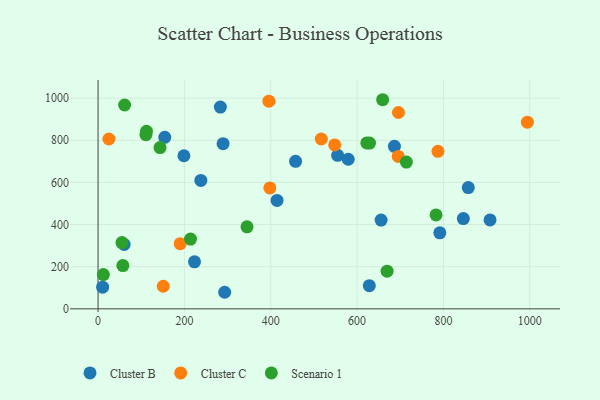
{"axis": {"x": "Price", "y": "Fuel Efficiency"}, "legend": ["Cluster B", "Cluster C", "Scenario 1"], "data": [{"x": "289.6", "y": 784.1, "type": "Cluster B"}, {"x": "414.6", "y": 514.5, "type": "Cluster B"}, {"x": "10.6", "y": 102.6, "type": "Cluster B"}, {"x": "579.5", "y": 710.0, "type": "Cluster B"}, {"x": "154.5", "y": 814.1, "type": "Cluster B"}, {"x": "293.3", "y": 78.6, "type": "Cluster B"}, {"x": "198.9", "y": 726.5, "type": "Cluster B"}, {"x": "283.3", "y": 957.5, "type": "Cluster B"}, {"x": "628.3", "y": 109.7, "type": "Cluster B"}, {"x": "857.5", "y": 575.4, "type": "Cluster B"}, {"x": "791.6", "y": 361.0, "type": "Cluster B"}, {"x": "846.1", "y": 428.5, "type": "Cluster B"}, {"x": "655.6", "y": 421.4, "type": "Cluster B"}, {"x": "554.9", "y": 728.4, "type": "Cluster B"}, {"x": "238.1", "y": 609.7, "type": "Cluster B"}, {"x": "457.5", "y": 699.9, "type": "Cluster B"}, {"x": "686.4", "y": 771.5, "type": "Cluster B"}, {"x": "60.4", "y": 305.6, "type": "Cluster B"}, {"x": "907.9", "y": 422.2, "type": "Cluster B"}, {"x": "223.4", "y": 223.3, "type": "Cluster B"}, {"x": "25.1", "y": 806.1, "type": "Cluster C"}, {"x": "695.2", "y": 723.3, "type": "Cluster C"}, {"x": "151.0", "y": 107.2, "type": "Cluster C"}, {"x": "517.1", "y": 806.2, "type": "Cluster C"}, {"x": "190.2", "y": 309.3, "type": "Cluster C"}, {"x": "787.3", "y": 747.7, "type": "Cluster C"}, {"x": "397.9", "y": 574.0, "type": "Cluster C"}, {"x": "994.4", "y": 885.9, "type": "Cluster C"}, {"x": "395.7", "y": 985.8, "type": "Cluster C"}, {"x": "695.8", "y": 931.8, "type": "Cluster C"}, {"x": "548.1", "y": 777.9, "type": "Cluster C"}, {"x": "622.5", "y": 787.4, "type": "Scenario 1"}, {"x": "57.5", "y": 205.3, "type": "Scenario 1"}, {"x": "61.5", "y": 967.5, "type": "Scenario 1"}, {"x": "214.2", "y": 330.9, "type": "Scenario 1"}, {"x": "628.7", "y": 786.8, "type": "Scenario 1"}, {"x": "345.0", "y": 389.4, "type": "Scenario 1"}, {"x": "55.4", "y": 314.5, "type": "Scenario 1"}, {"x": "110.9", "y": 826.7, "type": "Scenario 1"}, {"x": "669.5", "y": 178.6, "type": "Scenario 1"}, {"x": "143.6", "y": 765.5, "type": "Scenario 1"}, {"x": "659.2", "y": 992.5, "type": "Scenario 1"}, {"x": "714.1", "y": 696.8, "type": "Scenario 1"}, {"x": "12.3", "y": 162.8, "type": "Scenario 1"}, {"x": "782.9", "y": 445.8, "type": "Scenario 1"}, {"x": "112.2", "y": 842.4, "type": "Scenario 1"}]}